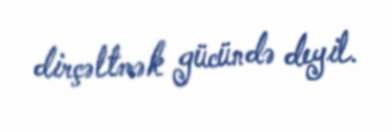
dirçəltmək gücündə deyil.